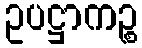
ဥပဋ္ဌာကဉ္စ